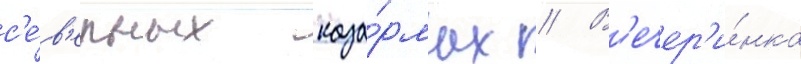
с'е́в'ерных каза́рмах // В'ечер'и́нка